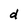
Character: d